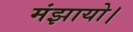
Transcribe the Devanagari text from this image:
मंझायो।